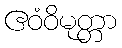
ဧဝံဝိမုတ္တာ